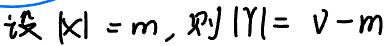
设 $|X| = m$, 则 $|Y| = V - m$